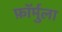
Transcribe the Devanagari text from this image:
फ़ॉर्मुला